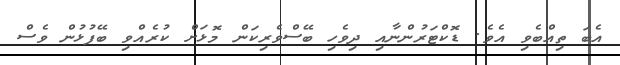
އެބަ ތިއްބެވި އެވެ. ޑޮކްޓަރުންނާއި ދިވެހި ބޭސްވެރިކަން މޮޅަށް ކުރެއްވި ބޭފުޅުން ވެސް